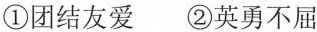
①团结友爱 ②英勇不屈